Report of the Indian Hemp Drugs Commission, 1894-1895 - Volume VI
Year: 1894
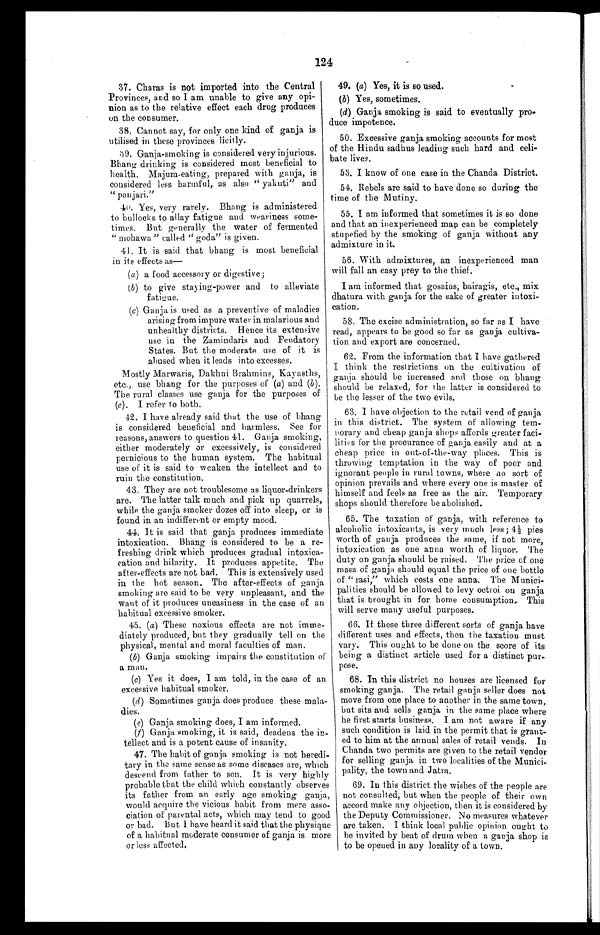
124
37. Charas is not imported into the Central
Provinces, and so I am unable to give any opi
- n i o n a s t o t h e r e l a t i v e e f f e c t e a c h d r u g p r o d u c e s
on the consumer.
38. Cannot say, for only one kind of ganja is
utilised in these provinces licitly.
39. Ganja-smoking is considered very injurious.
Bhang drinking is considered most beneficial to
health. Majum-eating, prepared with ganja, is
considered less harmful, as also "yakuti" and
"panjari."
40. Yes, very rarely. Bhang is administered
to bullocks to allay fatigue and weariness some
- t i m e s . B u t g e n e r a l l y t h e w a t e r o f f e r m e n t e d
"mohawa" called "goda" is given.
41. It is said that bhang is most beneficial
in its effects as—
(a) a food accessory or digestive;
(b) to give staying-power and to alleviate
fatigue.
(c) Ganja is used as a preventive of maladies
arising from impure water in malarious and
unhealthy districts. Hence its extensive
use in the Zamindaris and Feudatory
States. But the moderate use of it is
abused when it leads into excesses.
Mostly Marwaris, Dakhni Brahmins, Kayasths,
etc., use bhang for the purposes of ( a) and (b
) . T h e r u r a l c l a s s e s u s e g a n j a f o r t h e p u r p o s e s o f
(c). I refer to both.
42. I have already said that the use of bhang
is considered beneficial and harmless. See for
reasons, answers to question 41. Ganja smoking,
either moderately or excessively, is considered
pernicious to the human system. The habitual
use of it is said to weaken the intellect and to
ruin the constitution.
43. They are not troublesome as liquor-drinkers
are. The latter talk much and pick up quarrels,
while the ganja smoker dozes off into sleep, or is
found in an indifferent or empty mood.
44. It is said that ganja produces immediate
intoxication. Bhang is considered to be a re
-freshing drink which produces gradual intoxica
- c a t i o n a n d h i l a r i t y . I t p r o d u c e s a p p e t i t e . T h e
after-effects are not bad. This is extensively used
in the hot season. The after-effects of ganja
smoking are said to be very unpleasant, and the
want of it produces uneasiness in the case of an
habitual excessive smoker.
45. ( a) These noxious effects are not imme
- d i a t e l y p r o d u c e d , b u t t h e y g r a d u a l l y t e l l o n t h e
physical, mental and moral faculties of man.
(b) Ganja smoking impairs the constitution of
a man.
(c) Yes it does, I am told, in the case of an
excessive habitual smoker.
(d) Sometimes ganja does produce these mala
-dies.
(e) Ganja smoking does, I am informed.
(f) Ganja smoking, it is said, deadens the in
-tellect and is a potent cause of insanity.
47. The habit of ganja smoking is not heredi
- t a r y i n t h e s a m e s e n s e a s s o m e d i s e a s e s a r e , w h i c h
descend from father to son. It is very highly
probable that the child which constantly observes
its father from an early age smoking ganja,
would acquire the vicious habit from mere asso
-ciation of parental acts, which may tend to good
or bad. But I have heard it said that the physique
of a habitual moderate consumer of ganja is mo
r e o r l e s s a f f e c t e d .
49. (a) Yes, it is so used.
(b) Yes, sometimes.
(d) Ganja smoking is said to eventually pro
-duce impotence.
50. Excessive ganja smoking accounts for most
of the Hindu sadhus leading such hard and celi
- b a t e l i v e s .
53. I know of one case in the Chanda District.
54. Rebels are said to have done so during the
time of the Mutiny.
55. I am informed that sometimes it is so done
and that an inexperienced man can be completely
stupefied by the smoking of ganja without any
admixture in it.
56. With admixtures, an inexperienced man
will fall an easy prey to the thief.
I am informed that gosains, bairagis, etc., mix
dhatura with ganja for the sake of greater intoxi
- c a t i o n .
58. The excise administration, so far as I have
read, appears to be good so far as ganja cultiva
- t i o n a n d e x p o r t a r e c o n c e r n e d .
62. From the information that I have gathered
I think the restrictions on the cultivation of
ganja should be increased and those on bhang
should be relaxed, for the latter is considered to
be the lesser of the two evils.
63. I have objection to the retail vend of ganja
in this district. The system of allowing tem
-porary and cheap ganja shops affords greater faci
- l i t i e s f o r t h e p r o c u r a n c e o f g a n j a e a s i l y a n d a t a
cheap price in out-of-the-way places. This is
throwing temptation in the way of poor and
ignorant people in rural towns, where no sort of
opinion prevails and where every one is master of
himself and feels as free as the air. Temporary
shops should therefore be abolished.
65. The taxation of ganja, with reference to
alcoholic intoxicants, is very much less; 41/2 pies
worth of ganja produces the same, if not more,
intoxication as one anna worth of liquor. The
duty on ganja should be raised. The price of one
masa of ganja should equal the price of one bottle
of "rasi," which costs one anna. The Munici
-palities should be allowed to levy octroi on ganja
that is brought in for home consumption. This
will serve many useful purposes.
66. If these three different sorts of ganja have
different uses and effects, then the taxation must
vary. This ought to be done on the score of its
being a distinct article used for a distinct pur
- p o s e .
68. In this district no houses are licensed for
smoking ganja. The retail ganja seller does not
move from one place to another in the same town,
but sits and sells ganja in the same place where
he first starts business. I am not aware if any
such condition is laid in the permit that is grant
-ed to him at the annual sales of retail vends. In
Chanda two permits are given to the retail vendor
for selling ganja in two localities of the Munici
-pality, the town and Jatra.
69. In this district the wishes of the people are
not consulted, but when the people of their own
accord make any objection, then it is
considered by
the Deputy Commissioner. No measures whatever
are taken. I think local public opinion ought to
be invited by beat of drum when a ganja shop is
to be opened in any locality of a town.